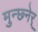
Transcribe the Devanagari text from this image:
मुन्छ्नेर्